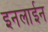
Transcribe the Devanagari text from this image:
इनलाईन